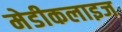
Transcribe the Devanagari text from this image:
मेडीकलाइज